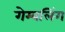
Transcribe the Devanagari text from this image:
गेम्बलिंग